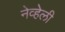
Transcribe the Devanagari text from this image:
नेव्हेली